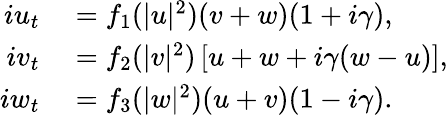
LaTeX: \begin{array}{rl}{iu_{t}}&{{}=f_{1}(|u|^{2})(v+w)(1+i\gamma),}\\ {iv_{t}}&{{}=f_{2}(|v|^{2})\left[u+w+i\gamma(w-u)\right],}\\ {iw_{t}}&{{}=f_{3}(|w|^{2})(u+v)(1-i\gamma).}\end{array}